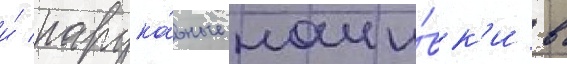
и́ нарука́вные наши́вк'и в